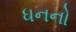
ધનનો